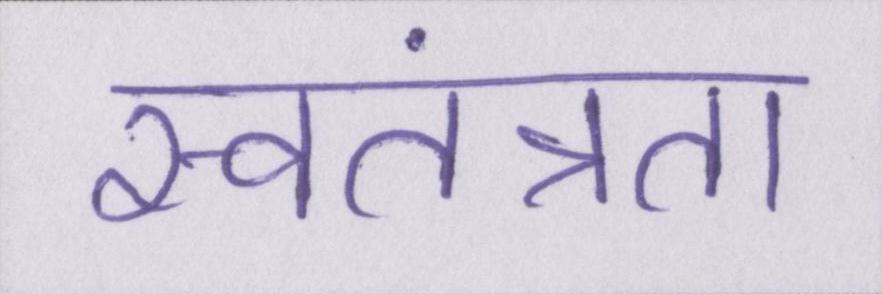
स्वतंत्रता